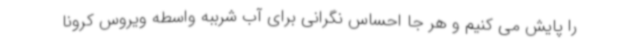
را پایش می کنیم و هر جا احساس نگرانی برای آب شرببه واسطه ویروس کرونا